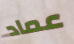
عماد